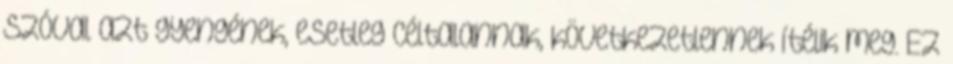
szóval azt gyengének, esetleg céltalannak, következetlennek ítélik meg. Ez